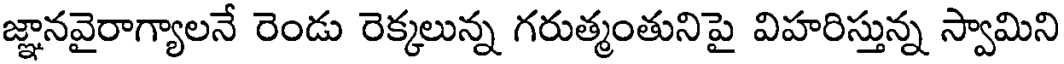
జ్ఞానవైరాగ్యాలనే రెండు రెక్కలున్న గరుత్మంతునిపై విహరిస్తున్న స్వామిని